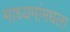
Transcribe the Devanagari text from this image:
माध्यमांमधला